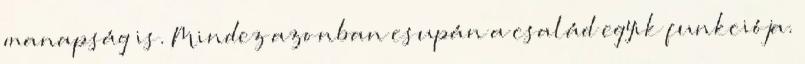
manapság is. Mindez azonban csupán a család egyik funkciója.